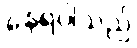
နေရပါသည်